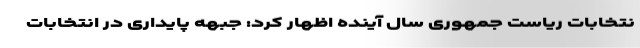
نتخابات ریاست جمهوری سال آینده اظهار کرد: جبهه پایداری در انتخابات